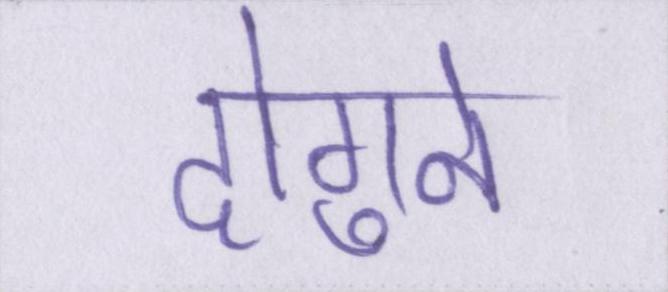
दोगुने